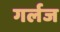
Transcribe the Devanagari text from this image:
गर्लज